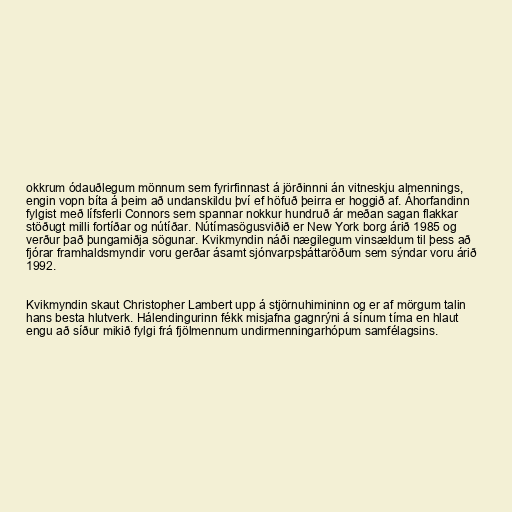
okkrum ódauðlegum mönnum sem fyrirfinnast á jörðinnni án vitneskju almennings,
engin vopn bíta á þeim að undanskildu því ef höfuð þeirra er hoggið af. Áhorfandinn
fylgist með lífsferli Connors sem spannar nokkur hundruð ár meðan sagan flakkar
stöðugt milli fortíðar og nútíðar. Nútímasögusviðið er New York borg árið 1985 og
verður það þungamiðja sögunar. Kvikmyndin náði nægilegum vinsældum til þess að
fjórar framhaldsmyndir voru gerðar ásamt sjónvarpsþáttaröðum sem sýndar voru árið
1992.

Kvikmyndin skaut Christopher Lambert upp á stjörnuhimininn og er af mörgum talin
hans besta hlutverk. Hálendingurinn fékk misjafna gagnrýni á sínum tíma en hlaut
engu að síður mikið fylgi frá fjölmennum undirmenningarhópum samfélagsins.